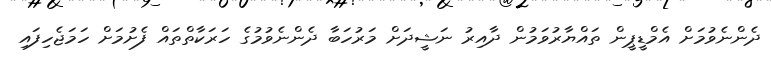
ދެންނެވުމަށް އެމްޑީޕީން ތައްޔާރުވަމުން ދާއިރު ނަޝީދަށް މަރުހަބާ ދެންނެވުމުގެ ހަރަކާތްތައް ފެށުމަށް ހަމަޖެހިފައި